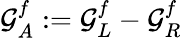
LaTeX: \mathcal{G}_{A}^{f}:=\mathcal{G}_{L}^{f}-\mathcal{G}_{R}^{f}